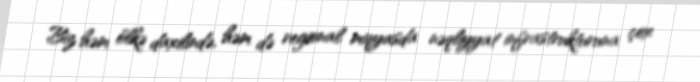
Biz həm ölkə daxilində, həm də regional miqyasda nəqliyyat infrastrukturuna çox